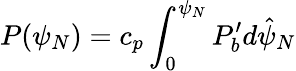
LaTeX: P(\psi_{N})=c_{p}\int_{0}^{\psi_{N}}P_{b}^{\prime}d\hat{\psi}_{N}